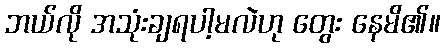
ဘယ်လို အသုံးချရပါ့မလဲဟု တွေး နေမိ၏။